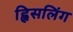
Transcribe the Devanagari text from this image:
ह्विसलिंग